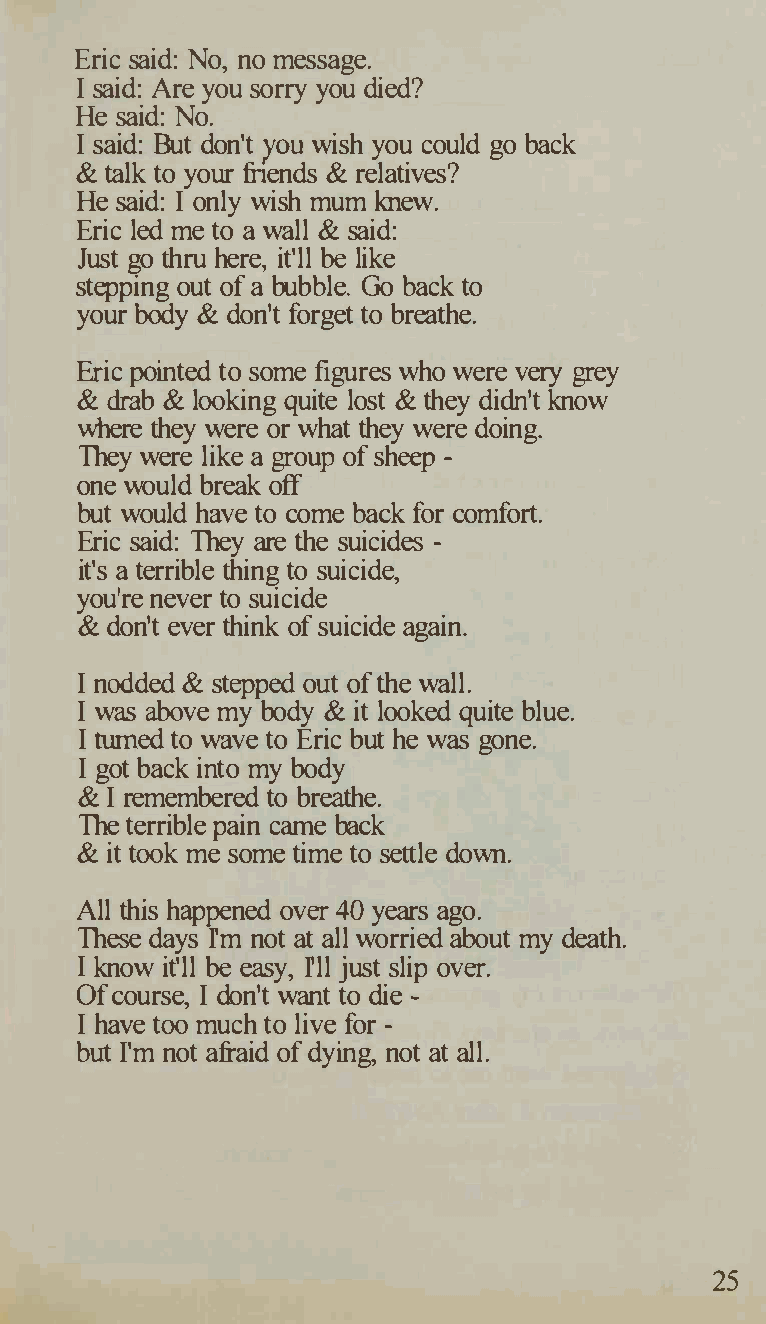
Eric said: No, no message.
 I said: Are you sorry you died?
 He said: No.
 I said: But don't you wish you could go back
 & talk to your friends & relatives?
 He said: I only wish mum knew.
 Eric led me to a wall & said:
 Just go thru here, it'll be like
 stepping out of a bubble. Go back to
 your body & don't forget to breathe.
 Eric pointed to some figures who were very grey
 & drab & looking quite lost & they didn't know
 where they were or what they were doing.
 They were like a group of sheep -
 one would break off
 but would have to come back for comfort.
 Eric said: They are the suicides -
 it's a terrible thing to suicide,
 you're never to suicide
 & don't ever think of suicide again.
 I nodded & stepped out of the wall.
 I was above my body & it looked quite blue.
 I turned to wave to Eric but he was gone.
 I got back into my body
 & I remembered to breathe.
 The terrible pain crune back
 & it took me some time to settle down.
 All this happened over 40 years ago.
 These days I'm not at all worried about my death.
 I know it'll be easy, I'll just slip over.
 Of course, I don't want to die -
 I have too much to live for -
 but I'm not afraid of dying, not at all.
 25